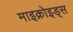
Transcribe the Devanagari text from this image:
माइक्रोइड्स